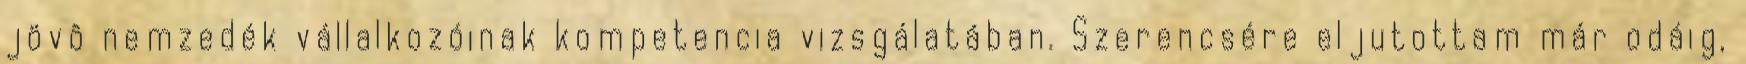
jövô nemzedék vállalkozóinak kompetencia vizsgálatában. Szerencsére eljutottam már odáig,